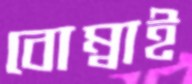
বোম্বাই